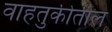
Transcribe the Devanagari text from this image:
वाहतुकीतील